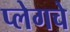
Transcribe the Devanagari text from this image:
प्लेगचे